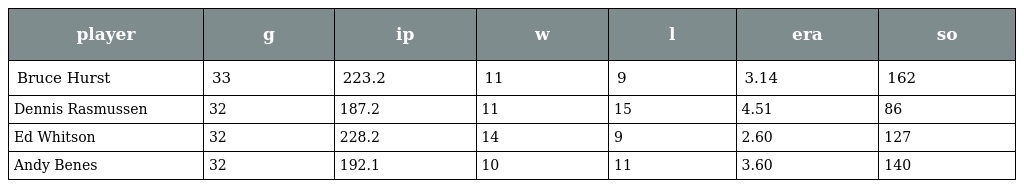
| player | g | ip | w | l | era | so |
 | --- | --- | --- | --- | --- | --- | --- |
 | Bruce Hurst | 33 | 223.2 | 11 | 9 | 3.14 | 162 |
 | Dennis Rasmussen | 32 | 187.2 | 11 | 15 | 4.51 | 86 |
 | Ed Whitson | 32 | 228.2 | 14 | 9 | 2.60 | 127 |
 | Andy Benes | 32 | 192.1 | 10 | 11 | 3.60 | 140 |